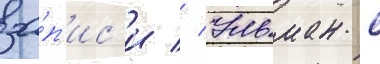
за́п'ис'и // Ульман с